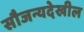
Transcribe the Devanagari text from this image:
सौजन्यदेखील